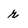
Character: r